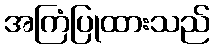
အကြံပြုထားသည်